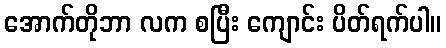
အောက်တိုဘာ လက စပြီး ကျောင်း ပိတ်ရက်ပါ။